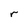
Character: r